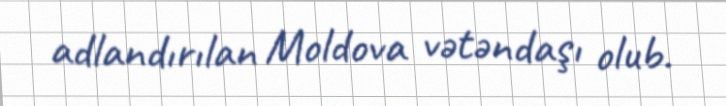
adlandırılan Moldova vətəndaşı olub.